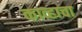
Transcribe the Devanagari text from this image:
काव्हाचा